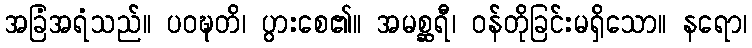
အခြံအရံသည်။ ပဝဍ္ဎတိ၊ ပွားစေ၏။ အမစ္ဆရီ၊ ဝန်တိုခြင်းမရှိသော။ နရော၊